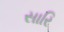
સારિ